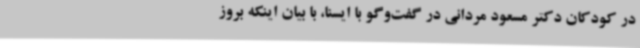
در کودکان دکتر مسعود مردانی در گفت‌وگو با ایسنا، با بیان اینکه بروز